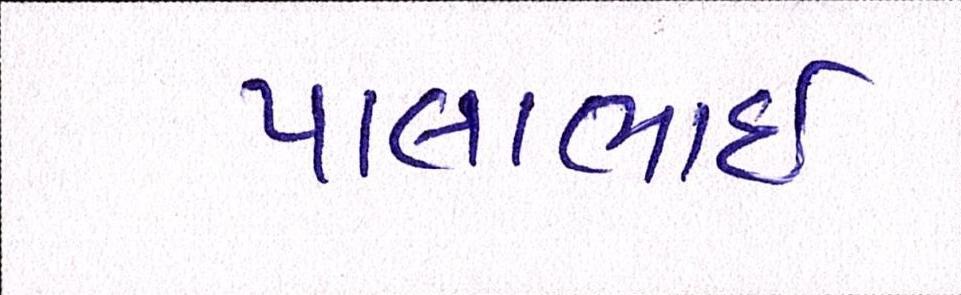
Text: પાલાભાઇ